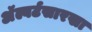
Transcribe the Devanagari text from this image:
अॅल्बर्टसारखा